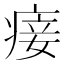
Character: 𰣴